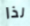
لذا